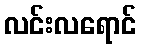
လင်းလရောင်